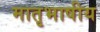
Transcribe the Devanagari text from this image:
मातृभाषीय